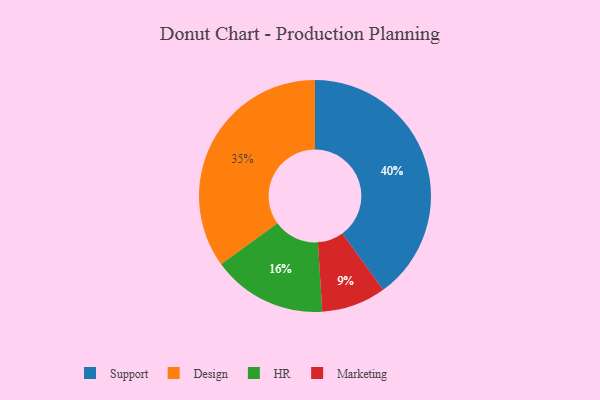
{"axis": {"x": "Category", "y": "Percentage"}, "legend": ["Design", "HR", "Marketing", "Support"], "data": [{"x": "Design", "y": 35, "type": "Design"}, {"x": "HR", "y": 16, "type": "HR"}, {"x": "Marketing", "y": 9, "type": "Marketing"}, {"x": "Support", "y": 40, "type": "Support"}]}